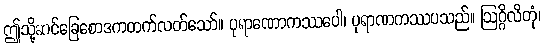
ဤသို့ဆင်ခြေစောဒကတက်လတ်သော်။ ပုရာဏောကဿပေါ၊ ပုရာဏကဿပသည်။ ဩဂ္ဂိလိတုံ၊